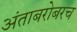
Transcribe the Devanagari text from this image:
अंताबरोबरच